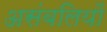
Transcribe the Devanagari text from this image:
असंबलियों